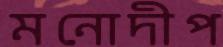
মনোদীপ